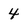
Character: 4